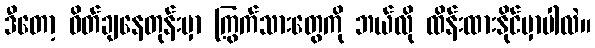
ဒီတော့ ဝိတ်ချနေတုန်းမှာ ကြွက်သားတွေကို ဘယ်လို ထိန်းထားနိုင်မှာပါလဲ။